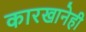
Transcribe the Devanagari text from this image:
कारखानेही